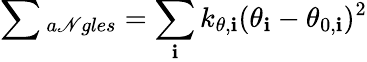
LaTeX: \sum{_{a\mathscr{N}gles}}=\sum_{\mathbf{i}}k_{\theta,\mathbf{i}}(\theta_{\mathbf{i}}-\theta_{0,\mathbf{i}})^{2}